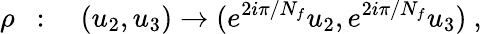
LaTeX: \rho~~:\quad(u_{2},u_{3})\to(e^{2i\pi/N_{f}}u_{2},e^{2i\pi/N_{f}}u_{3})~,